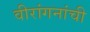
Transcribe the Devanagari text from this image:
वीरांगनांची